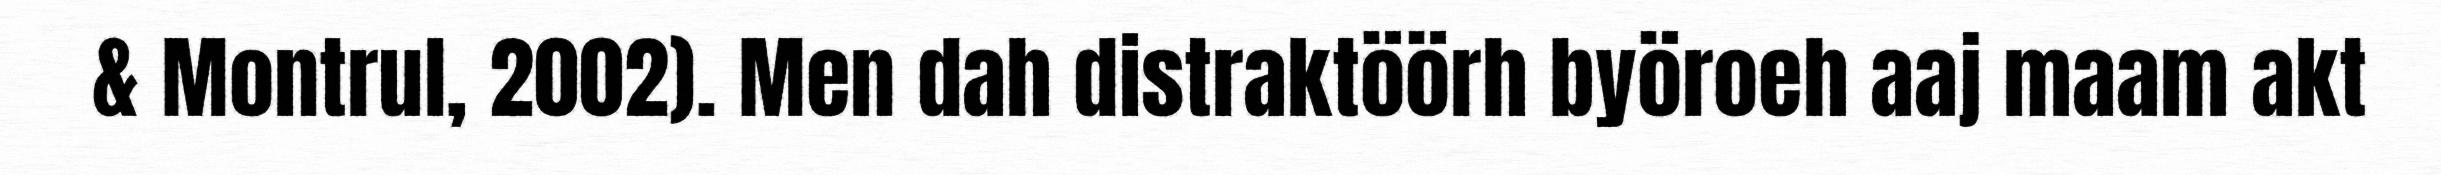
& Montrul, 2002). Men dah distraktöörh byöroeh aaj maam akt